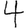
Digit: 4